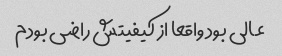
عالی بود واقعا از کیفیتش راضی بودم